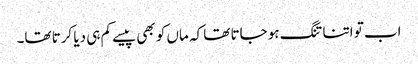
اب تو اتنا تنگ ہو جاتا تھا کہ ماں کو بھی پیسے کم ہی دیا کرتا تھا۔